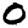
Digit: 0